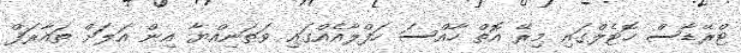
ޓްރޭޑާސް ހޮޓެލްގައި މިރޭ އޮތް ހާއްސަ ހަފްލާއެއްގައި ވަތަނިއްޔާ އިން އަލަށް ތައާރަފް